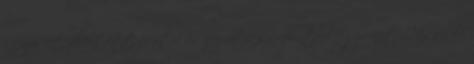
szenzációt jelentett pozitív és negatív szempontból egyaránt. Hiszen ki